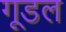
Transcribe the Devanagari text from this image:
गूडल